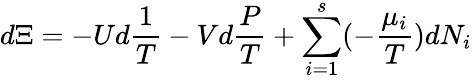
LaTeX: d\Xi=-Ud{\frac{1}{T}}-Vd{\frac{P}{T}}+\sum_{i=1}^{s}(-{\frac{\mu_{i}}{T}})dN_{i}